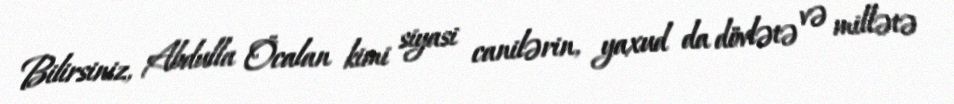
Bilirsiniz, Abdulla Öcalan kimi siyasi canilərin, yaxud da dövlətə və millətə